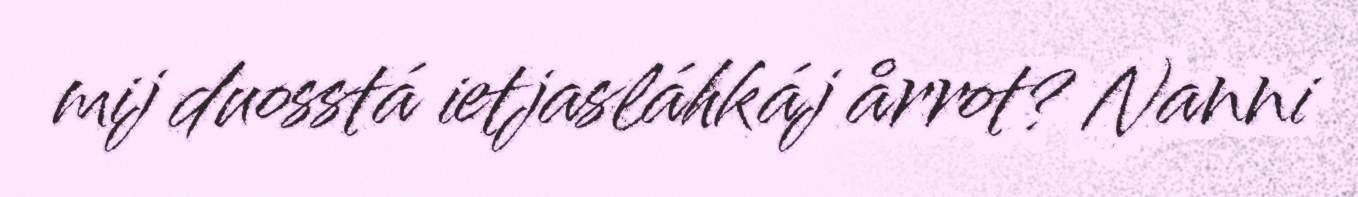
mij duosstá ietjasláhkáj årrot? Nanni